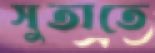
সুতাতে